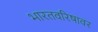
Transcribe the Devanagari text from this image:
भारतवरिषावर